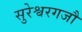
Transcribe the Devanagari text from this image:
सुरेश्वरगजौ